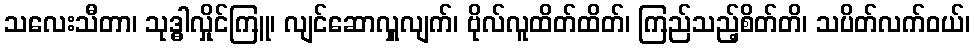
သလေးသီတာ၊ သုဒ္ဓါလှိုင်ကြူ၊ လျင်ဆောလှူလျက်၊ ဗိုလ်လူထိတ်ထိတ်၊ ကြည်သည့်စိတ်တိ၊ သပိတ်လက်ဝယ်၊